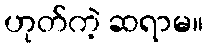
ဟုတ်ကဲ့ ဆရာမ။